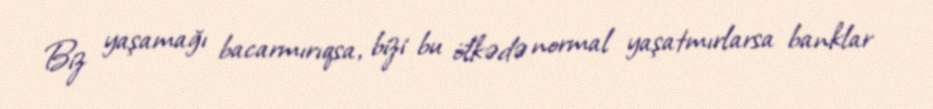
Biz yaşamağı bacarmırıqsa, bizi bu ölkədə normal yaşatmırlarsa banklar